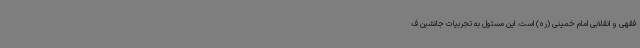
فقهی و انقلابی امام خمینی (ره) است. این مسئول به تجربیات جانشین ف